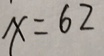
x = 6 2